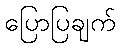
ပြောပြချက်